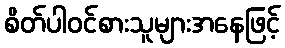
စိတ်ပါဝင်စားသူများအနေဖြင့်